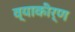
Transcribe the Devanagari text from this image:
व्याकीर्ण